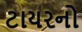
ટાયરનો